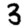
Digit: 3